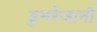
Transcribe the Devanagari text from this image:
डुमरेजानी